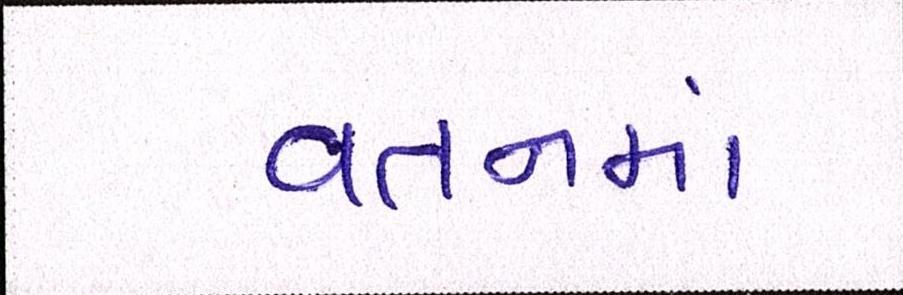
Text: વતનમાં